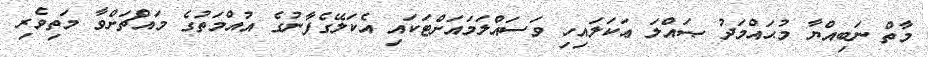
މާތް ނަބިއްޔާ މުޙައްމަދު ޞައްލަ ޢަކަލައިހި ވަސައްލަމައަށްޓަކައި އެކަލޭގެފާނުގެ އުއްމަތުގެ މައްޗަށްވާ މަތިވެރި